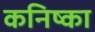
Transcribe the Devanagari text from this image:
कनिष्का